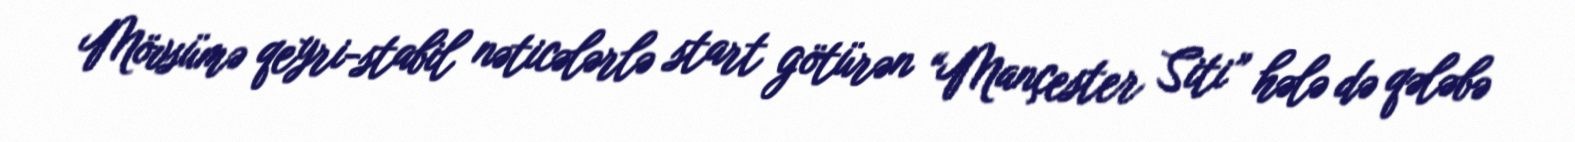
Mövsümə qeyri-stabil nəticələrlə start götürən “Mançester Siti” hələ də qələbə